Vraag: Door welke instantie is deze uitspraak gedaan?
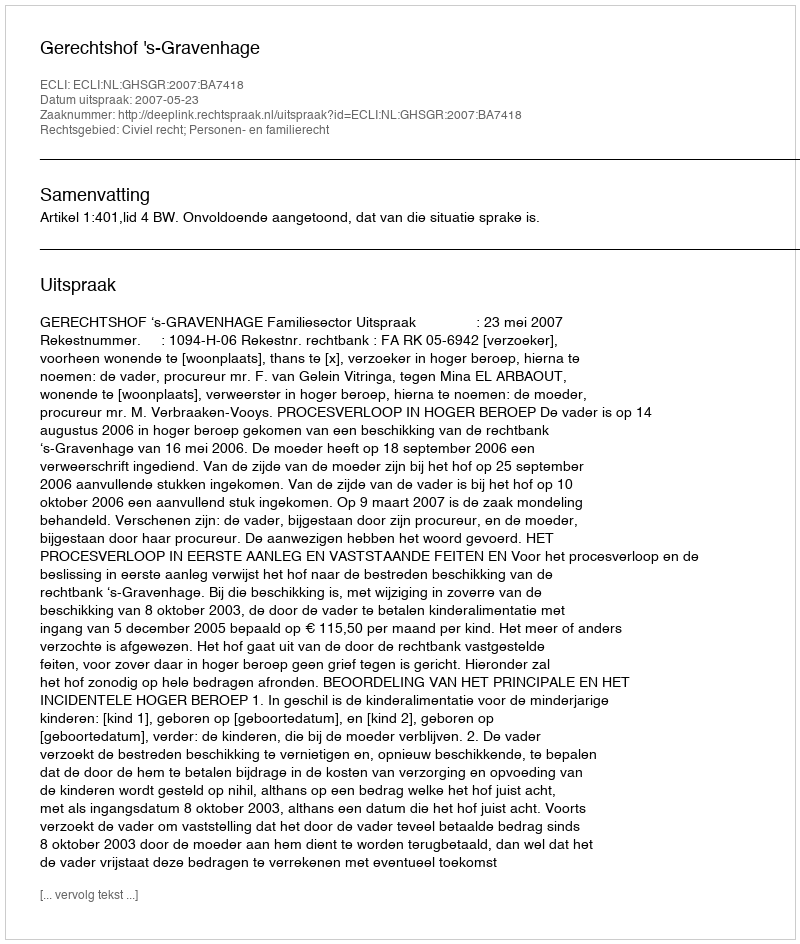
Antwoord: Gerechtshof 's-Gravenhage